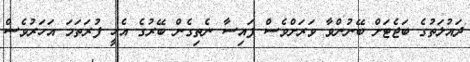
ދައުލަތުގެ ބަޖެޓަށް ބޭނުންވާ ވަރަށްވެސް ފައިސާ ނެތިގެން ބޭރުގެ އެހީ ފުރަތަމަ އަހަރުވެސް